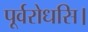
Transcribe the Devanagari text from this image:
पूर्वरोधसि।